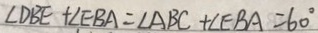
\angle D B E + \angle E B A = \angle A B C + \angle E B A = 6 0 ^ { \circ }